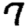
Digit: 7